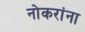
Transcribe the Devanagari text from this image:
नोकरांना